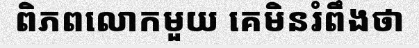
ពិភពលោកមួយ គេមិនរំពឹងថា